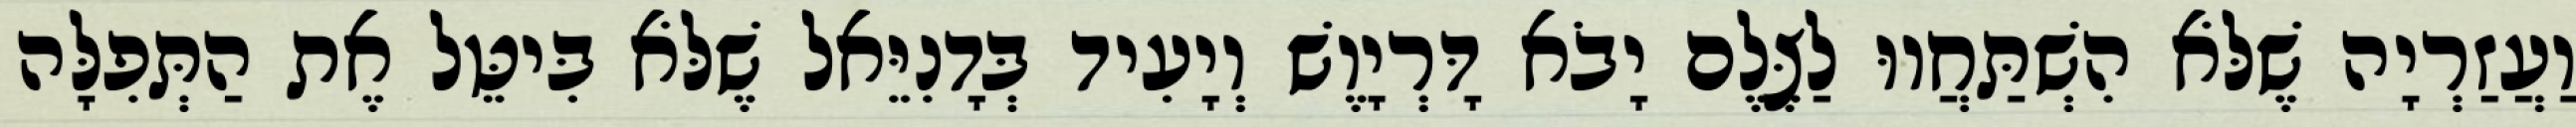
וַעֲזַרְיָה שֶׁלֹּא הִשְׁתַּחֲווּ לַצֶּלֶם יָבֹא דָּרְיָוֶשׁ וְיָעִיד בְּדָנִיֵּאל שֶׁלֹּא בִּיטֵּל אֶת הַתְּפִלָּה